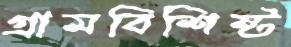
গ্রামবিশিষ্ট